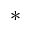
^ { * }